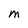
Character: M